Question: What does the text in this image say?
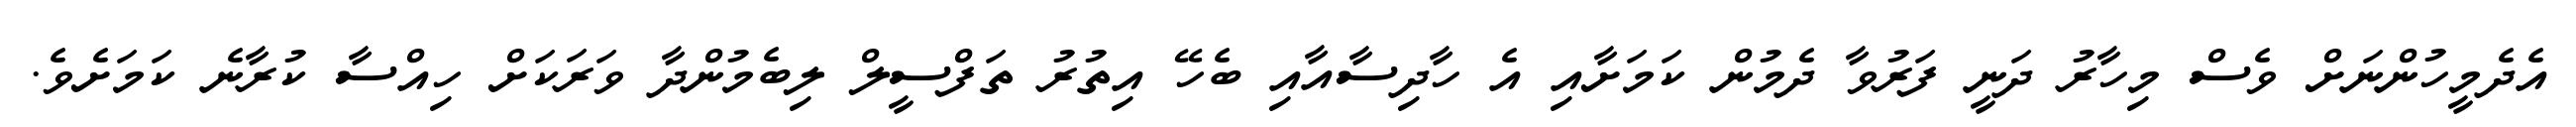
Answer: އެދެމީހުންނަށް ވެސް މިހާރު ދަނީ ފަރުވާ ދެމުން ކަމަށާއި އެ ހާދިސާއާއި ބެހޭ އިތުރު ތަފްސީލް ލިބެމުންދާ ވަރަކަށް ހިއްސާ ކުރާނެ ކަމަށެވެ.